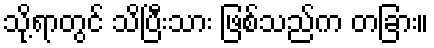
သို့ရာတွင် သိပြီးသား ဖြစ်သည်က တခြား။